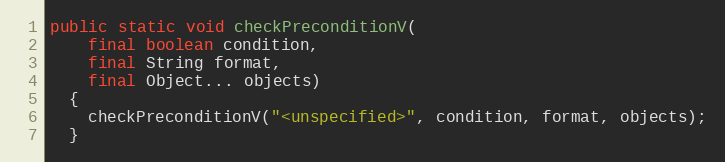
Language: Java
public static void checkPreconditionV(
    final boolean condition,
    final String format,
    final Object... objects)
  {
    checkPreconditionV("<unspecified>", condition, format, objects);
  }